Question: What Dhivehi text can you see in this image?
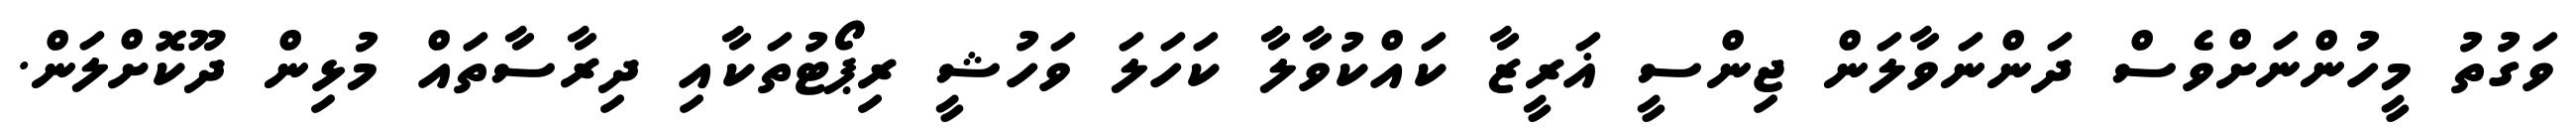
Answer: ވަގުތު މީހުންނަށްވެސް ދަންނަވާލަން ޖިންސީ ޣަރީޒާ ކައްކުވާލާ ކަހަލަ ވަހުޝީ ރިޕޯޓުތަކާއި ދިރާސާތައް މުޅިން ދޫކޮށްލަން.